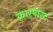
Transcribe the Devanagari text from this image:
कारपोरट